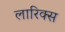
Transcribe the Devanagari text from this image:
लारिक्स